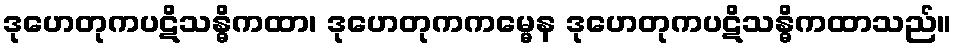
ဒုဟေတုကပဋိသန္ဓိကထာ၊ ဒုဟေတုကကမ္မေန ဒုဟေတုကပဋိသန္ဓိကထာသည်။